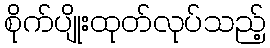
စိုက်ပျိုးထုတ်လုပ်သည့်